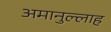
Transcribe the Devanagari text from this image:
अमानुल्लाह